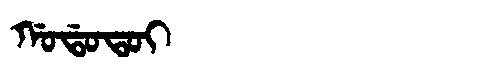
Manchu: ᡤᠣᡩᠣᡨᠣᡳ
Romanization: GODOTOI